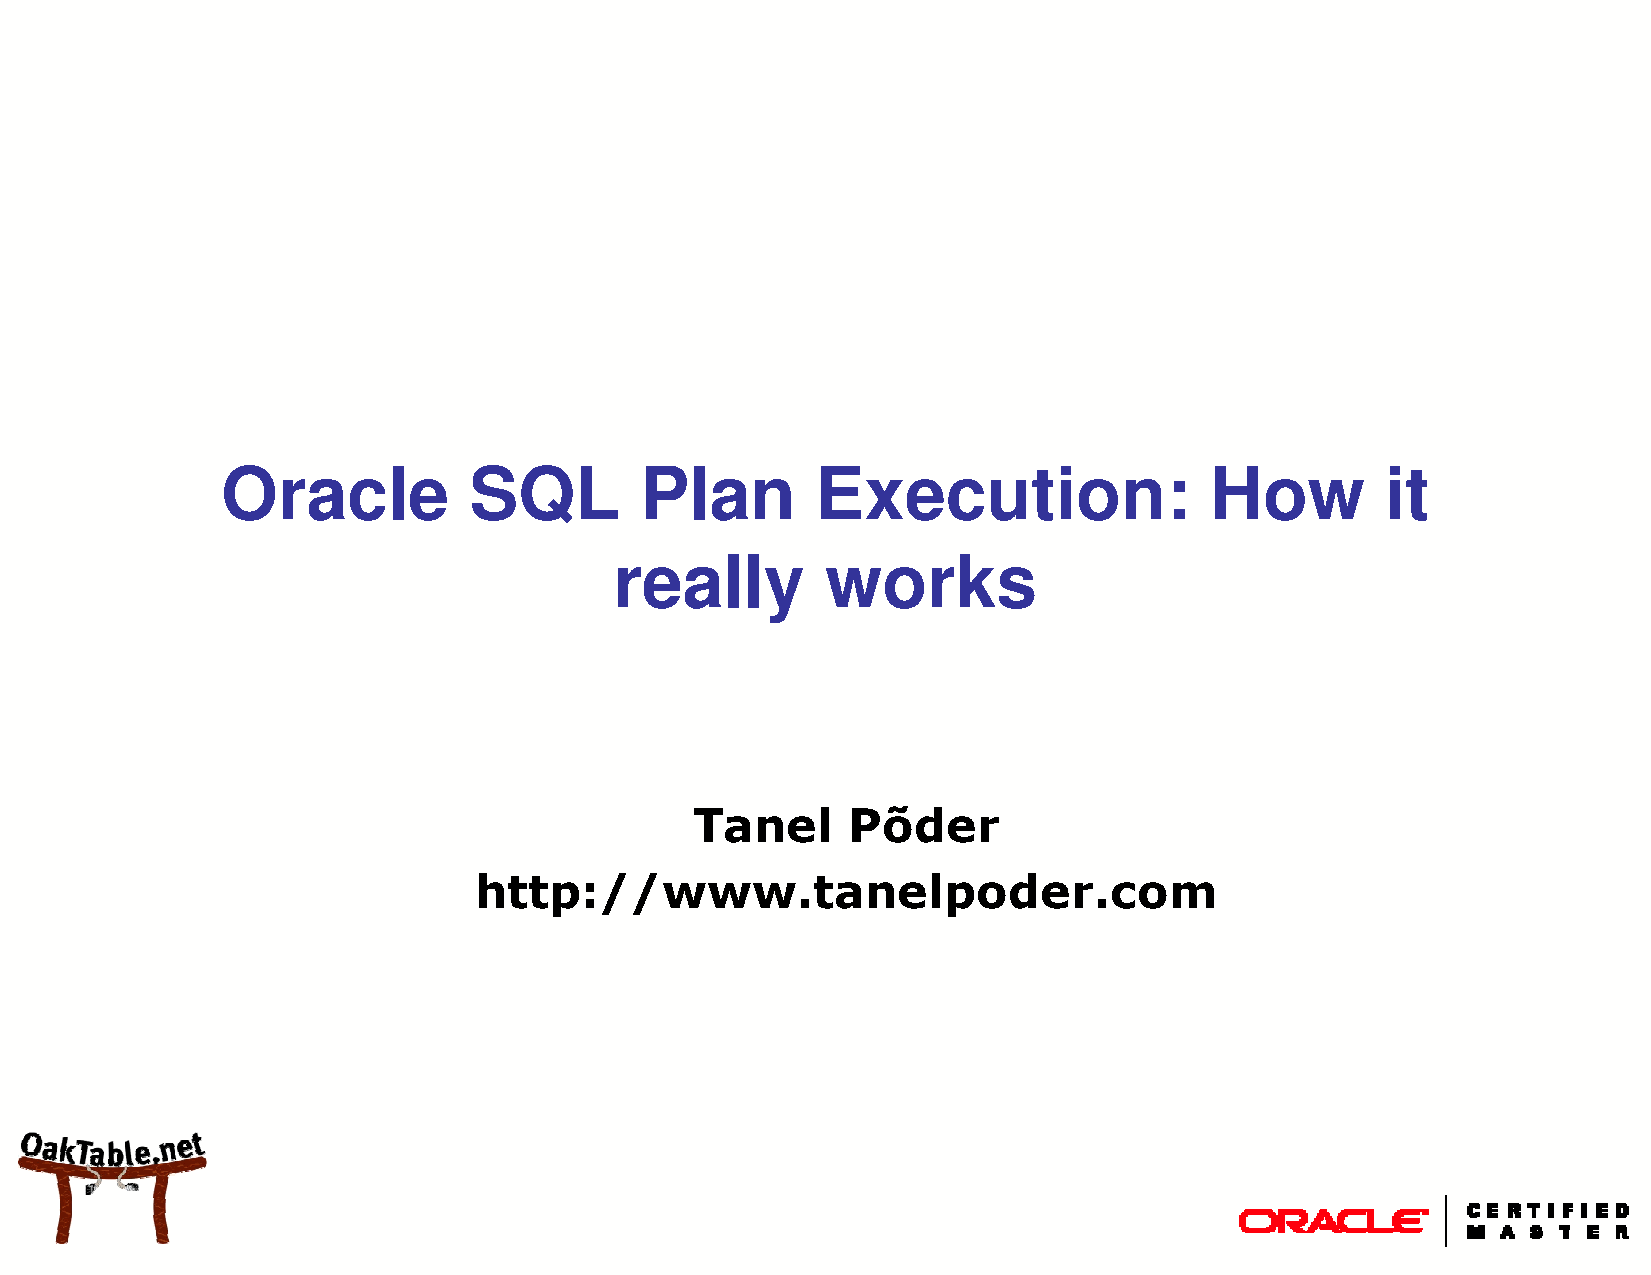
Oracle          SQL        Plan        Execution:                How         it
 really        works
 Tanel     Põder
 http://www.tanelpoder.com